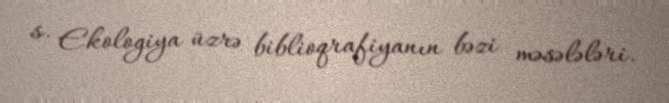
s. Ekologiya üzrə biblioqrafiyanın bəzi məsələləri.